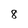
Character: 8